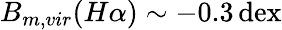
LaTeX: B_{m,vir}(H\alpha)\sim-0.3\, \mathrm{dex}